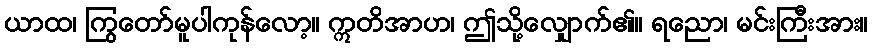
ယာထ၊ ကြွတော်မူပါကုန်လော့။ ဣတိအာဟ၊ ဤသို့လျှောက်၏။ ရညော၊ မင်းကြီးအား။